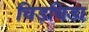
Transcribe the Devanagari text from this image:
चिड़चिडा